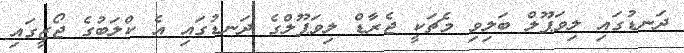
ދަނޑުގައި ލިވަޕޫލް ބަލިވި މެޗަކީ ޖެރާޑް ލިވަޕޫލްގެ ދަނޑުގައި އެ ކްލަބުގެ ޖޯޒީގައި